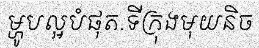
ម្ហូបល្អបំផុត.ទីក្រុងមុយនិច